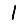
Digit: 1